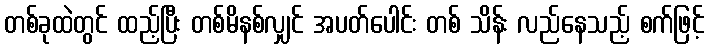
တစ်ခုထဲတွင် ထည့်ပြီး တစ်မိနစ်လျှင် အပတ်ပေါင်း တစ် သိန်း လည်နေသည့် စက်ဖြင့်